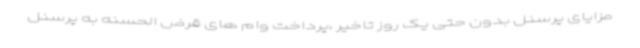
مزایای پرسنل بدون حتی یک روز تاخیر ،پرداخت وام های قرض الحسنه به پرسنل